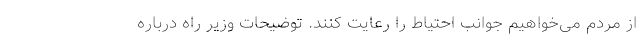
از مردم می‌خواهیم جوانب احتیاط را رعایت کنند. توضیحات وزیر راه درباره